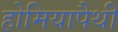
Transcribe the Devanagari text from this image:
होमियापैथी